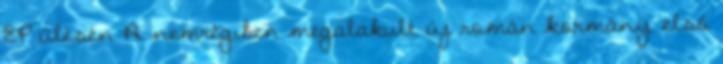
EP ülésén A nemrégiben megalakult új román kormány első